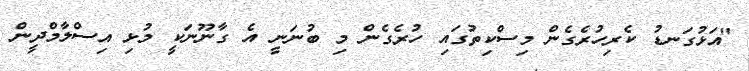
"އަޅުގަނޑު ކެރިހުރެގެން މިސްކިތުގައި ހުރެގެން މި ބުނަނީ އެ ގާނޫނަކީ މުޅި އިސްލާމްދީން